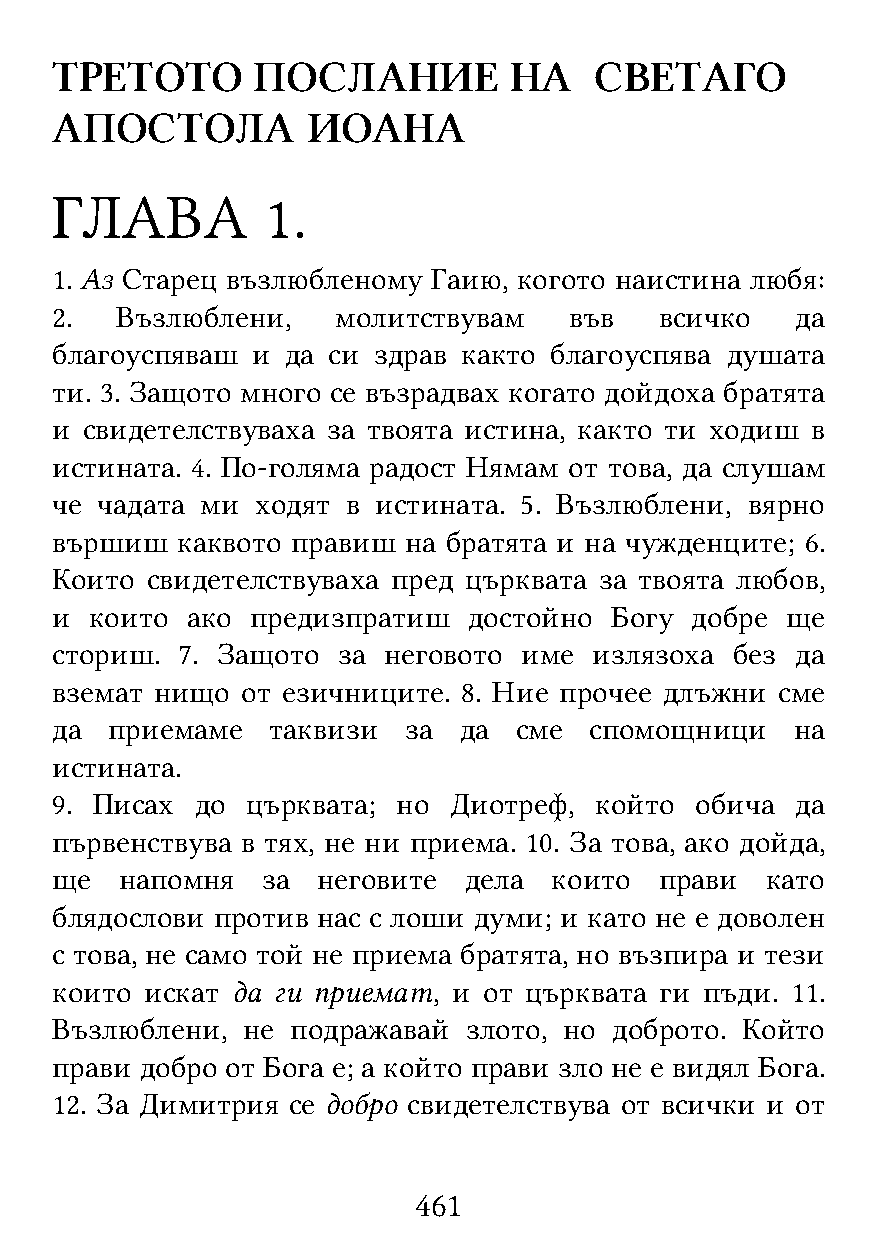
ТРЕТОТО       ПОСЛАНИЕ         НА   СВEТАГО
 АПОСТОЛА         ИОАНА
 ГЛАВА          1.
 1. Аз Старец възлюбленому Гаию, когото наистина любя:
 2.   Възлюблени,   молитствувам    във   всичко   да
 благоуспяваш  и да си здрав както благоуспява душата
 ти. 3. Защото много се възрадвах когато дойдоха братята
 и свидетелствуваха за твоята истина, както ти ходиш в
 истината. 4. По-голяма радост Нямам от това, да слушам
 че чадата ми  ходят в истината. 5. Възлюблени, вярно
 вършиш   каквото правиш на братята и на чужденците; 6.
 Които  свидетелствуваха пред църквата за твоята любов,
 и  които ако  предизпратиш  достойно Богу  добре ще
 сториш.  7. Защото за неговото име  излязоха  без да
 вземат нищо  от езичниците. 8. Ние прочее длъжни сме
 да  приемаме   таквизи  за да  сме  спомощници    на
 истината.
 9. Писах  до църквата; но  Диотреф, който  обича  да
 първенствува в тях, не ни приема. 10. За това, ако дойда,
 ще   напомня  за  неговите  дела  които  прави  като
 блядослови против нас с лоши думи; и като не е доволен
 с това, не само той не приема братята, но възпира и тези
 които  искат да ги приемат, и от църквата ги пъди. 11.
 Възлюблени,  не подражавай  злото, но доброто. Който
 прави добро от Бога е; а който прави зло не е видял Бога.
 12. За Димитрия се добро свидетелствува от всички и от
 461